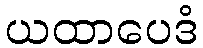
ယထာပေဒံ